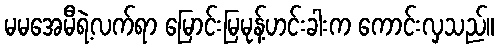
မမအေမီရဲ့လက်ရာ မြောင်းမြမုန့်ဟင်းခါးက ကောင်းလှသည်။